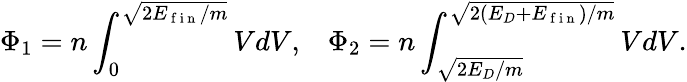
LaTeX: \Phi_{1}=n\int_{0}^{\sqrt{2E_{\mathrm{~f~i~n~}}/m}}VdV,\; \; \; \Phi_{2}=n\int_{\sqrt{2E_{D}/m}}^{\sqrt{2\left(E_{D}+E_{\mathrm{~f~i~n~}}\right)/m}}VdV.